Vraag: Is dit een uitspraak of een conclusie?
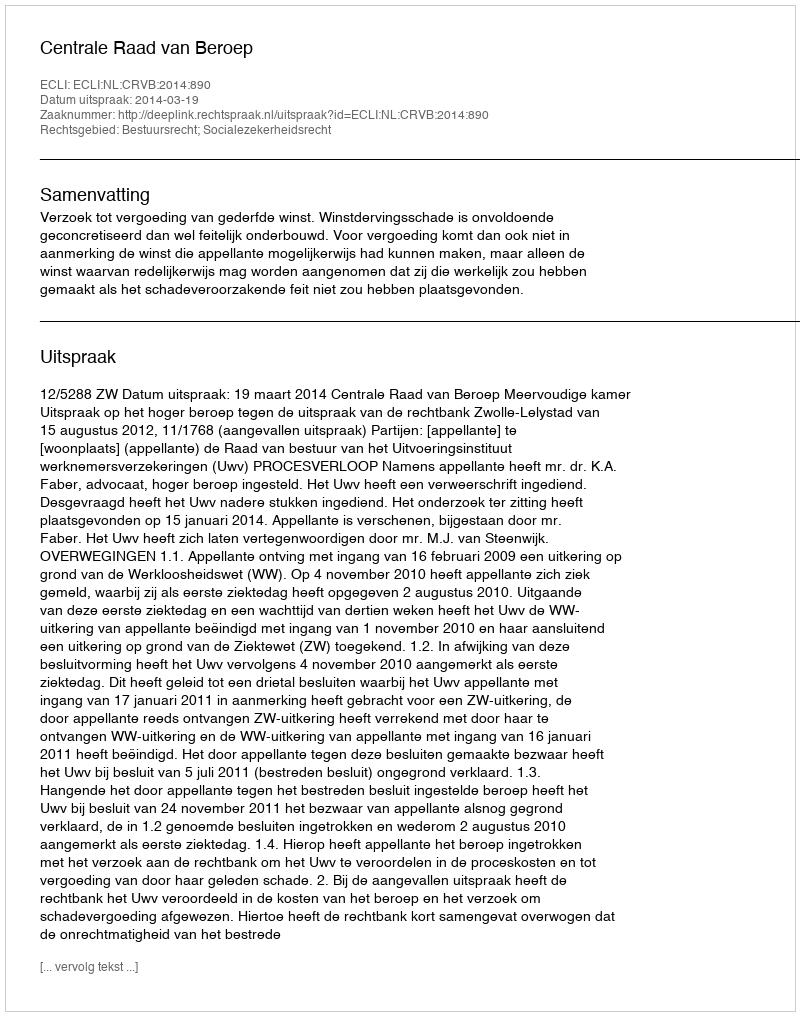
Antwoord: Uitspraak